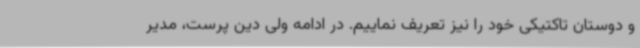
و دوستان تاکتیکی خود را نیز تعریف نماییم. در ادامه ولی دین پرست، مدیر